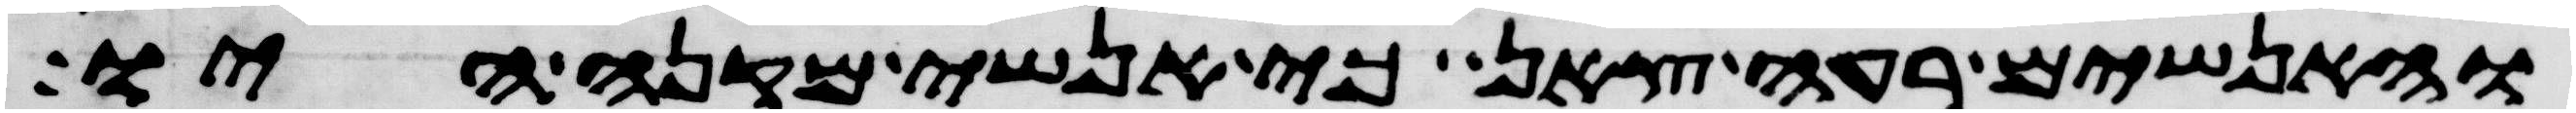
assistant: והאנשים רעי צאן כי אנשי מקנה היו